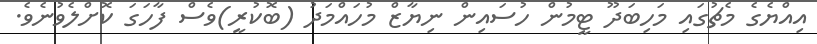
އިއްޔެގެ މެޗުގައި މަހިބަދޫ ޓީމުން ހުސައިން ނިޔާޒް މުހައްމަދު (ބޮކުރީ)ވެސް ފާހަގަ ކޮށްލެވުނެވެ.